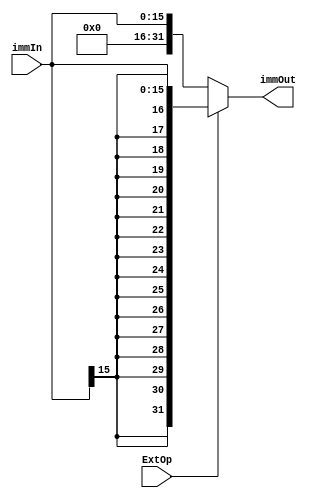
module EXT(input [15:0] immIn,
           input ExtOp,
           output reg [31:0] immOut);
   always @(ExtOp or immIn)
     if(ExtOp)
       immOut <= {{16{immIn[15]}},immIn[15:0]};
     else
       immOut <= {16'b0,immIn[15:0]};
endmodule // ext